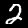
Label: 2